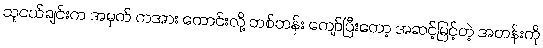
သူငယ်ချင်းက အမှတ် တအား ကောင်းလို့ တစ်တန်း ကျော်ပြီးတော့ အဆင့်မြင့်တဲ့ အတန်းကို